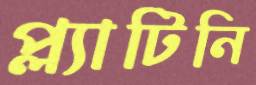
প্ল্যাটিনি